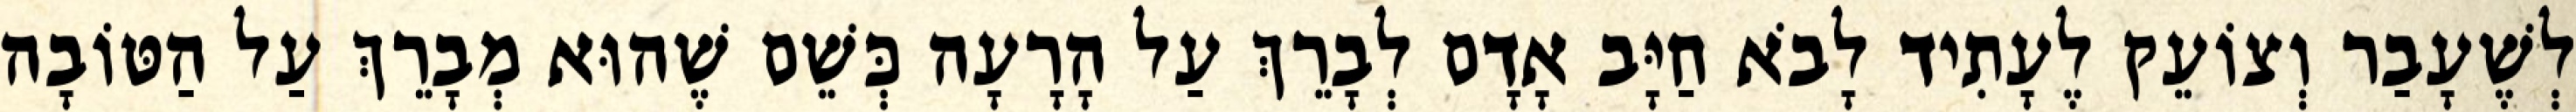
לְשֶׁעָבַר וְצוֹעֵק לֶעָתִיד לָבֹא חַיָּב אָדָם לְבָרֵךְ עַל הָרָעָה כְּשֵׁם שֶׁהוּא מְבָרֵךְ עַל הַטּוֹבָה